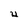
Character: 4